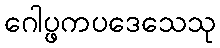
ဂေါပ္ဖကပဒေသေသု